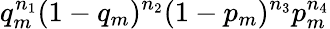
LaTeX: q_{m}^{n_{1}}(1-q_{m})^{n_{2}}(1-p_{m})^{n_{3}}p_{m}^{n_{4}}